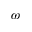
\omega